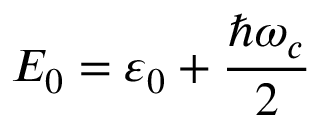
E _ { 0 } = \varepsilon _ { 0 } + \frac { \hbar \omega _ { c } } { 2 }